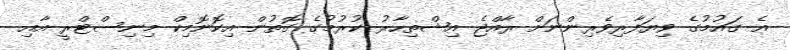
އެ ގައުމުގެ ވިޔަފާރިވެރިންނަށް ރާއްޖެ އިޝްތިހާރު ކުރުމުގެ ގޮތުން އިކޮނޮމިކް މިނިސްޓްރީ އާއި